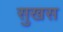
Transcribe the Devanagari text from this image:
सुखस